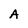
Character: A